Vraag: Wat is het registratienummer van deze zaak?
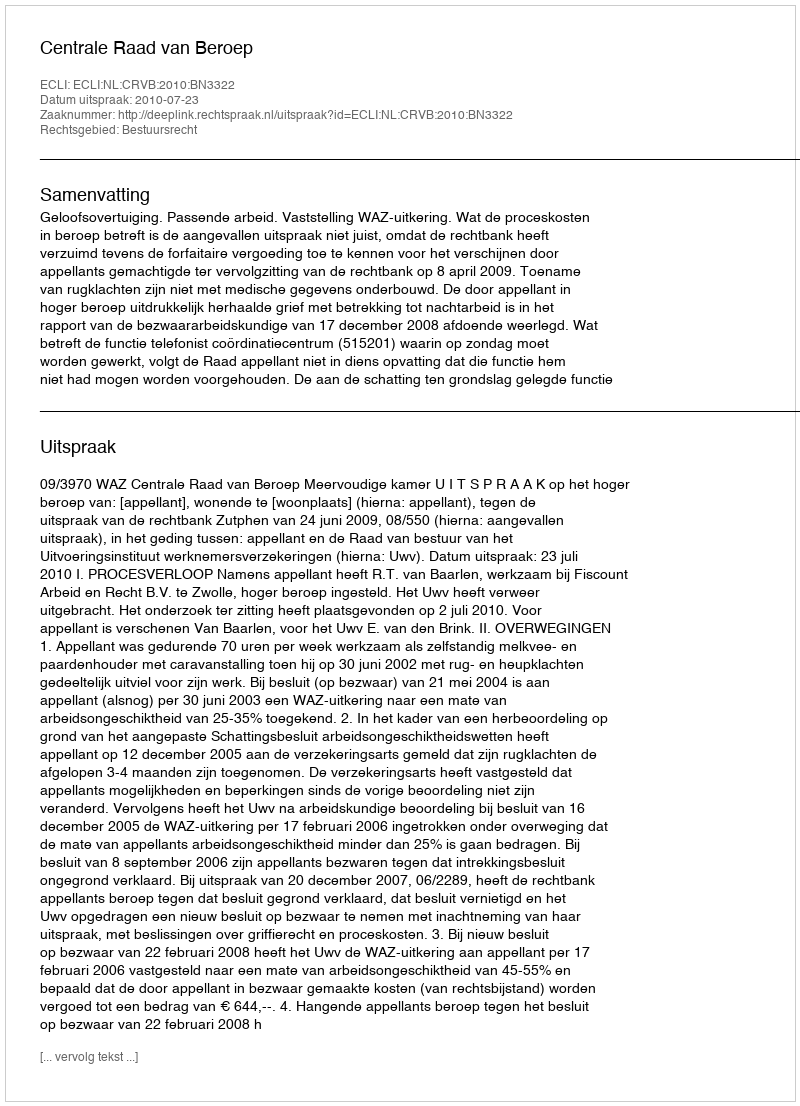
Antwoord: http://deeplink.rechtspraak.nl/uitspraak?id=ECLI:NL:CRVB:2010:BN3322